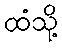
ထံသို့